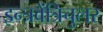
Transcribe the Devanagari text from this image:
इन्त्रवेंत्रिचुलर